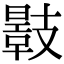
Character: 𢻣